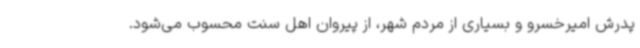
پدرش امیرخسرو و بسیاری از مردم شهر، از پیروان اهل سنت‌ محسوب می‌شود.